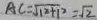
A C = \sqrt { 1 2 + 1 ^ { 2 } } = \sqrt { 2 }